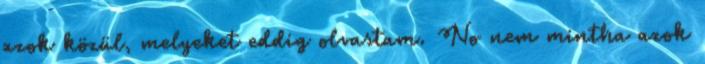
azok közül, melyeket eddig olvastam. No nem mintha azok